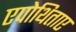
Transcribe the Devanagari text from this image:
एपोथिताए